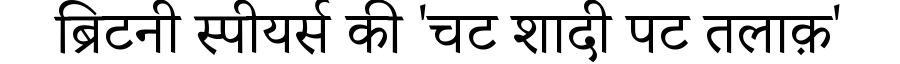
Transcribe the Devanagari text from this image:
ब्रिटनी स्पीयर्स की 'चट शादी पट तलाक़'